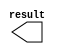
// megafunction wizard: %LPM_CONSTANT%VBB%
// GENERATION: STANDARD
// VERSION: WM1.0
// MODULE: LPM_CONSTANT 

// ============================================================
// Megafunction Name(s):
// 			LPM_CONSTANT
//
// Simulation Library Files(s):
// 			lpm
// ============================================================
// ************************************************************
// THIS IS A WIZARD-GENERATED FILE. DO NOT EDIT THIS FILE!
//
// 13.1.0 Build 162 10/23/2013 SJ Full Version
// ************************************************************

//Copyright (C) 1991-2013 Altera Corporation
//Your use of Altera Corporation's design tools, logic functions 
//and other software and tools, and its AMPP partner logic 
//functions, and any output files from any of the foregoing 
//(including device programming or simulation files), and any 
//associated documentation or information are expressly subject 
//to the terms and conditions of the Altera Program License 
//Subscription Agreement, Altera MegaCore Function License 
//Agreement, or other applicable license agreement, including, 
//without limitation, that your use is for the sole purpose of 
//programming logic devices manufactured by Altera and sold by 
//Altera or its authorized distributors.  Please refer to the 
//applicable agreement for further details.

module con_seg (
	result);

	output	[7:0]  result;

endmodule

// ============================================================
// CNX file retrieval info
// ============================================================
// Retrieval info: PRIVATE: INTENDED_DEVICE_FAMILY STRING "Cyclone V"
// Retrieval info: PRIVATE: JTAG_ENABLED NUMERIC "1"
// Retrieval info: PRIVATE: JTAG_ID STRING "cn"
// Retrieval info: PRIVATE: Radix NUMERIC "10"
// Retrieval info: PRIVATE: SYNTH_WRAPPER_GEN_POSTFIX STRING "0"
// Retrieval info: PRIVATE: Value NUMERIC "1"
// Retrieval info: PRIVATE: nBit NUMERIC "8"
// Retrieval info: PRIVATE: new_diagram STRING "1"
// Retrieval info: LIBRARY: lpm lpm.lpm_components.all
// Retrieval info: CONSTANT: LPM_CVALUE NUMERIC "1"
// Retrieval info: CONSTANT: LPM_HINT STRING "ENABLE_RUNTIME_MOD=YES, INSTANCE_NAME=cn"
// Retrieval info: CONSTANT: LPM_TYPE STRING "LPM_CONSTANT"
// Retrieval info: CONSTANT: LPM_WIDTH NUMERIC "8"
// Retrieval info: USED_PORT: result 0 0 8 0 OUTPUT NODEFVAL "result[7..0]"
// Retrieval info: CONNECT: result 0 0 8 0 @result 0 0 8 0
// Retrieval info: GEN_FILE: TYPE_NORMAL con_seg.v TRUE
// Retrieval info: GEN_FILE: TYPE_NORMAL con_seg.inc FALSE
// Retrieval info: GEN_FILE: TYPE_NORMAL con_seg.cmp FALSE
// Retrieval info: GEN_FILE: TYPE_NORMAL con_seg.bsf TRUE
// Retrieval info: GEN_FILE: TYPE_NORMAL con_seg_inst.v FALSE
// Retrieval info: GEN_FILE: TYPE_NORMAL con_seg_bb.v TRUE
// Retrieval info: LIB_FILE: lpm